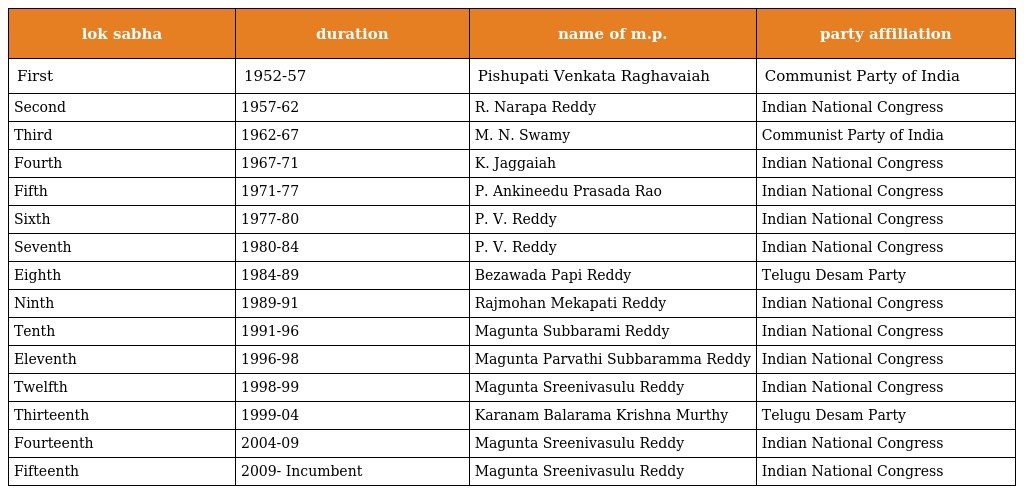
| lok sabha | duration | name of m.p. | party affiliation |
 | --- | --- | --- | --- |
 | First | 1952-57 | Pishupati Venkata Raghavaiah | Communist Party of India |
 | Second | 1957-62 | R. Narapa Reddy | Indian National Congress |
 | Third | 1962-67 | M. N. Swamy | Communist Party of India |
 | Fourth | 1967-71 | K. Jaggaiah | Indian National Congress |
 | Fifth | 1971-77 | P. Ankineedu Prasada Rao | Indian National Congress |
 | Sixth | 1977-80 | P. V. Reddy | Indian National Congress |
 | Seventh | 1980-84 | P. V. Reddy | Indian National Congress |
 | Eighth | 1984-89 | Bezawada Papi Reddy | Telugu Desam Party |
 | Ninth | 1989-91 | Rajmohan Mekapati Reddy | Indian National Congress |
 | Tenth | 1991-96 | Magunta Subbarami Reddy | Indian National Congress |
 | Eleventh | 1996-98 | Magunta Parvathi Subbaramma Reddy | Indian National Congress |
 | Twelfth | 1998-99 | Magunta Sreenivasulu Reddy | Indian National Congress |
 | Thirteenth | 1999-04 | Karanam Balarama Krishna Murthy | Telugu Desam Party |
 | Fourteenth | 2004-09 | Magunta Sreenivasulu Reddy | Indian National Congress |
 | Fifteenth | 2009- Incumbent | Magunta Sreenivasulu Reddy | Indian National Congress |